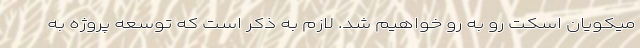
میکویان اسکت رو به رو خواهیم شد. لازم به ذکر است که توسعه پروژه به